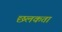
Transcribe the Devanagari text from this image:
छलकता